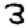
Digit: 3